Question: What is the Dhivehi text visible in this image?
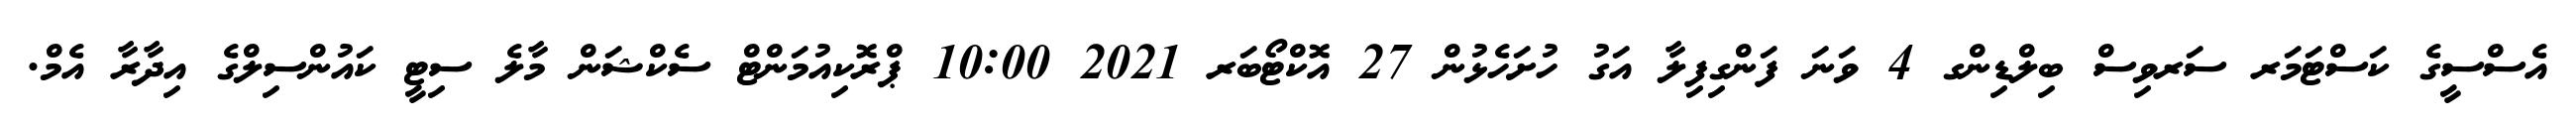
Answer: އެސްސީގެ ކަސްޓަމަރ ސަރވިސް ބިލްޑިންގ 4 ވަނަ ފަންގިފިލާ އަގު ހުށަހެޅުން 27 އޮކްޓޯބަރ 2021 10:00 ޕްރޮކިއުމަންޓް ސެކްޝަން މާލެ ސިޓީ ކައުންސިލްގެ އިދާރާ އެމް.